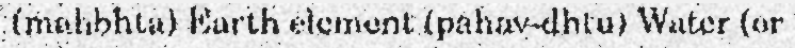
(mahbhta) Earth element (pahav-dhtu) Water (or